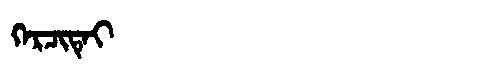
Manchu: ᡴᡝᡵᠴᡳᡨᡝᡳ
Romanization: KERCITEI